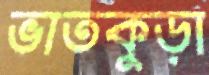
ভাতকুড়া